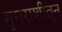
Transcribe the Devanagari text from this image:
मृगराशीतून